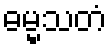
ဓမ္မသတံ